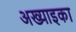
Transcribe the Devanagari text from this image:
अख्याइका